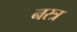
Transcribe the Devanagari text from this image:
नरत्र